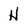
Character: H